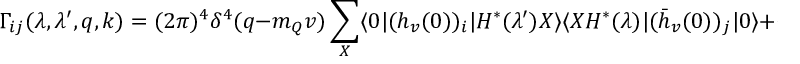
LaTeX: \Gamma _ { i j } ( \lambda , \lambda ^ { \prime } , q , k ) = ( 2 \pi ) ^ { 4 } \delta ^ { 4 } ( q - m _ { Q } v ) \sum _ { X } \langle 0 \vert ( h _ { v } ( 0 ) ) _ { i } \vert H ^ { * } ( \lambda ^ { \prime } ) X \rangle \langle X H ^ { * } ( \lambda ) \vert ( \bar { h } _ { v } ( 0 ) ) _ { j } \vert 0 \rangle + \cdots ,